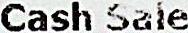
CASH SALE